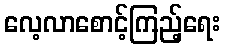
လေ့လာစောင့်ကြည့်ရေး